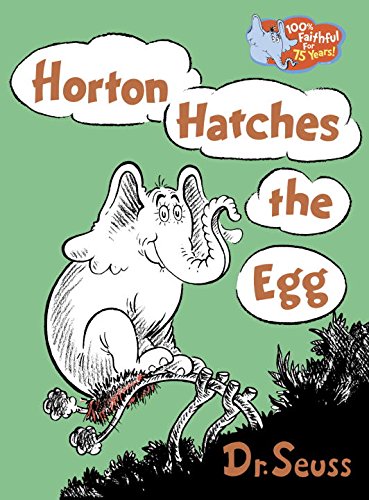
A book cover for Horton Hatches the Egg; Dr. Seuss; Literature & Fiction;